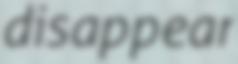
disappear